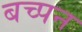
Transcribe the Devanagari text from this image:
बच्पन